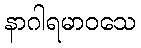
နာဂါရမာဝသေ